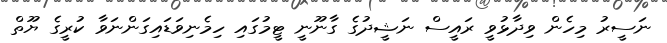
ނަސީރު މިހެން ވިދާޅުވީ ރައީސް ނަޝީދުގެ ގާނޫނީ ޓީމުގައި ހިމެނިވަޑައިގަންނަަވާ ކުރީގެ ޔޫތް